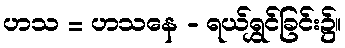
ဟသ = ဟသနေ - ရယ်ရွှင်ခြင်း၌။